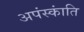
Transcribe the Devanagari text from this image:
अपंस्कांति